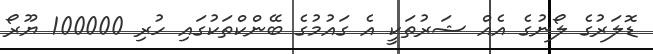
ޑޮލަރުގެ ލޯނުގެ އެއް ޝަރުތަކީ އެ ގައުމުގެ ބޭންކްތަކުގައި ހުރި 100000 ޔޫރޯ